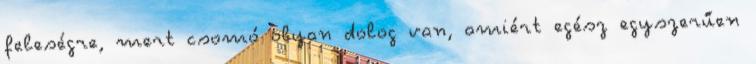
feleségre, mert csomó olyan dolog van, amiért egész egyszerűen